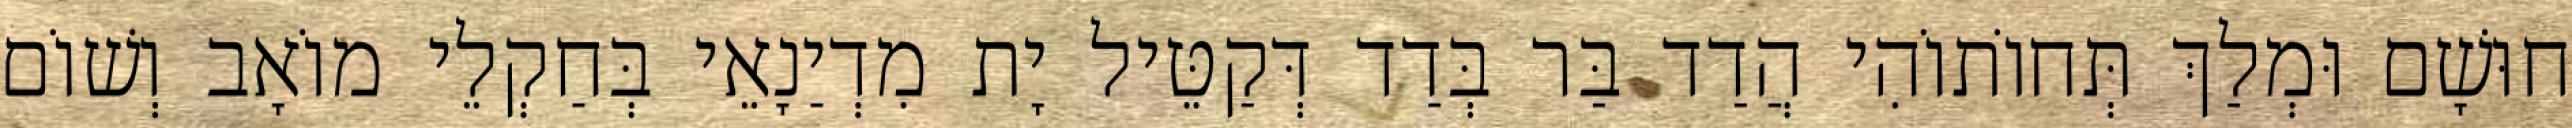
חוּשָׁם וּמְלַךְ תְּחוֹתוֹהִי הֲדַד בַּר בְּדַד דְּקַטֵּיל יָת מִדְיַנָאֵי בְּחַקְלֵי מוֹאָב וְשׁוֹם